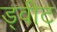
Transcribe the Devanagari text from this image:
ड्वीट